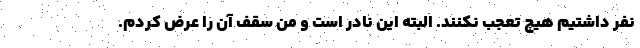
نفر داشتیم هیچ تعجب نکنند. البته این نادر است و من سقف آن را عرض کردم.